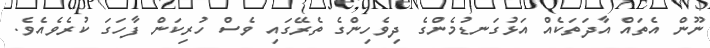
ނޫން އެތައް އާދަތަކެއް އަޅުގަނޑުމެންގެ ދިވެހިންގެ ތެރޭގައި ވެސް ހުރިކަން ފާހަގަ ކުރެވެއެވެ.